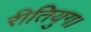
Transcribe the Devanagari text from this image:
रीतियुग।